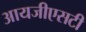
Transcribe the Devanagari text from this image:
आयजीएसटी